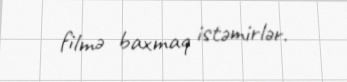
filmə baxmaq istəmirlər.